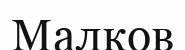
Малков